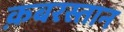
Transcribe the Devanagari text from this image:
क़बरस्तान